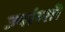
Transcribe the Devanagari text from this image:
ज्यांग्शी